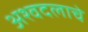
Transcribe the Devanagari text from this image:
अश्वदलाचे